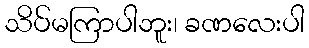
သိပ်မကြာပါဘူး၊ ခဏလေးပါ